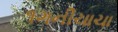
૧ગનીચાચા